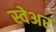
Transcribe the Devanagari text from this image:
स्वेअर